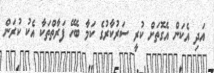
އަދި އެކަން އެގޮތަށް ކުރީ ސަރުކާރުގެ ކަމާ ބެހޭ ފަރާތްތަކާ އެކު ކުރަން